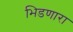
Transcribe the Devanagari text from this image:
भिडणारा